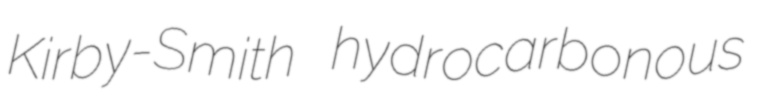
Kirby-Smith hydrocarbonous